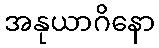
အနုယာဂိနော